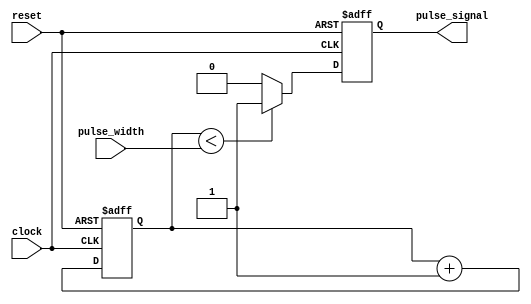
module Variable_Pulse_Width_Generator(
    input clock,
    input reset,
    input [7:0] pulse_width,
    output reg pulse_signal
);

reg [7:0] counter;

always @(posedge clock or posedge reset) begin
    if (reset) begin
        counter <= 8'd0;
        pulse_signal <= 1'b0;
    end else begin
        if (counter < pulse_width) begin
            pulse_signal <= 1'b1;
        end else begin
            pulse_signal <= 1'b0;
        end
        
        counter <= counter + 1;
    end
end

endmodule